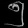
Digit: ၅